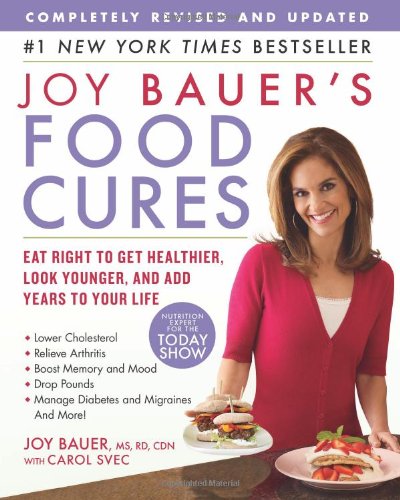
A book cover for Joy Bauer's Food Cures: Eat Right to Get Healthier, Look Younger, and Add Years to Your Life; Joy Bauer; Health, Fitness & Dieting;